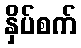
နှိပ်စက်